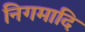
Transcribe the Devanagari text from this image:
निगमादि